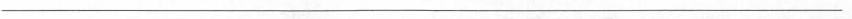
___